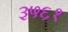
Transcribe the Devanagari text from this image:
३५६१